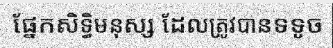
ផ្នែកសិទ្ធិមនុស្ស ដែលត្រូវបានទទូច